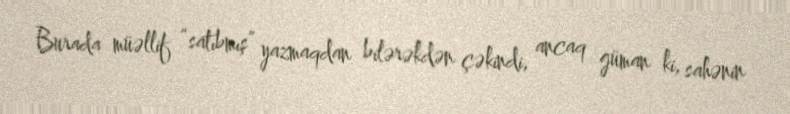
Burada müəllif “satıbmış” yazmaqdan bilərəkdən çəkindi, ancaq güman ki, sahənin